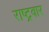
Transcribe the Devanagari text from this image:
राष्ट्रवार